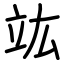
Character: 竑